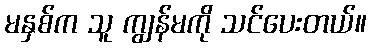
မနှစ်က သူ ကျွန်မကို သင်ပေးတယ်။